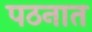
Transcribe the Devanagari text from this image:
पठनात